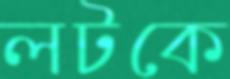
লটকে